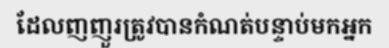
ដែលញញួរត្រូវបានកំណត់បន្ទាប់មកអ្នក